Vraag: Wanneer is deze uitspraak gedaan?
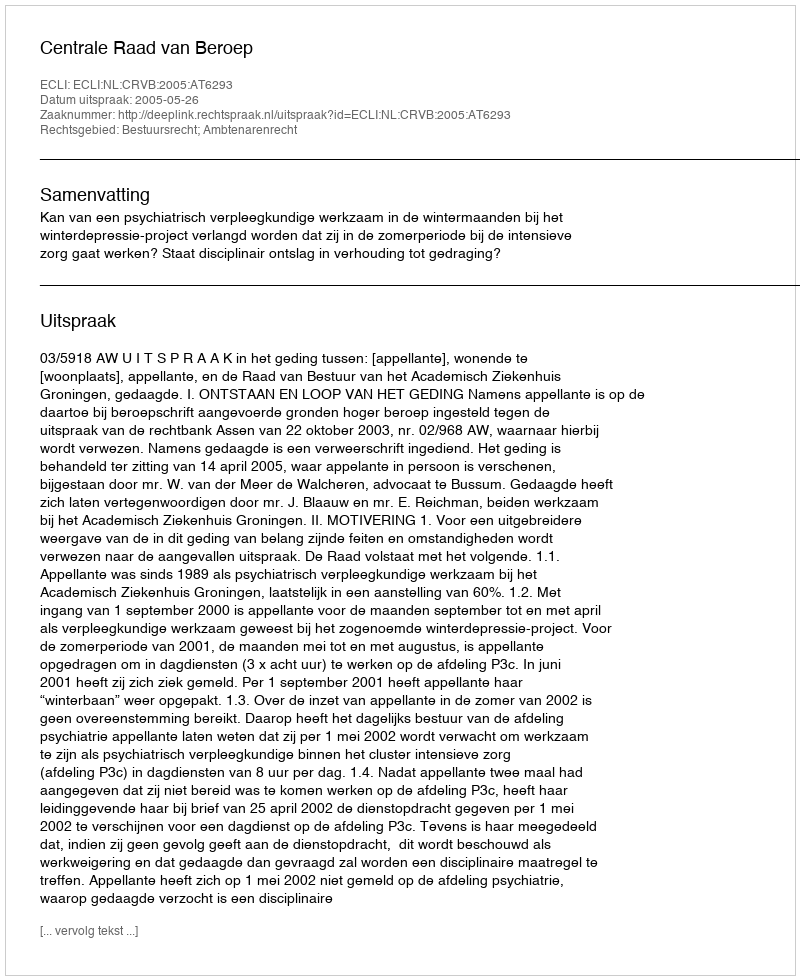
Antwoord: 2005-05-26